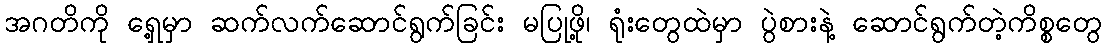
အဂတိကို ရှေ့မှာ ဆက်လက်ဆောင်ရွက်ခြင်း မပြုဖို့၊ ရုံးတွေထဲမှာ ပွဲစားနဲ့ ဆောင်ရွက်တဲ့ကိစ္စတွေ